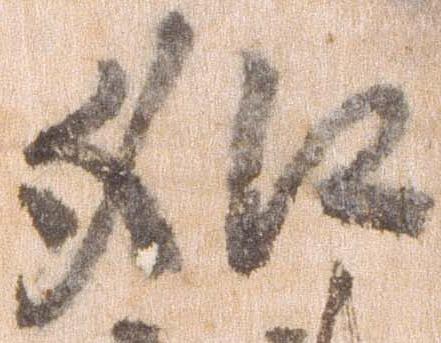
如